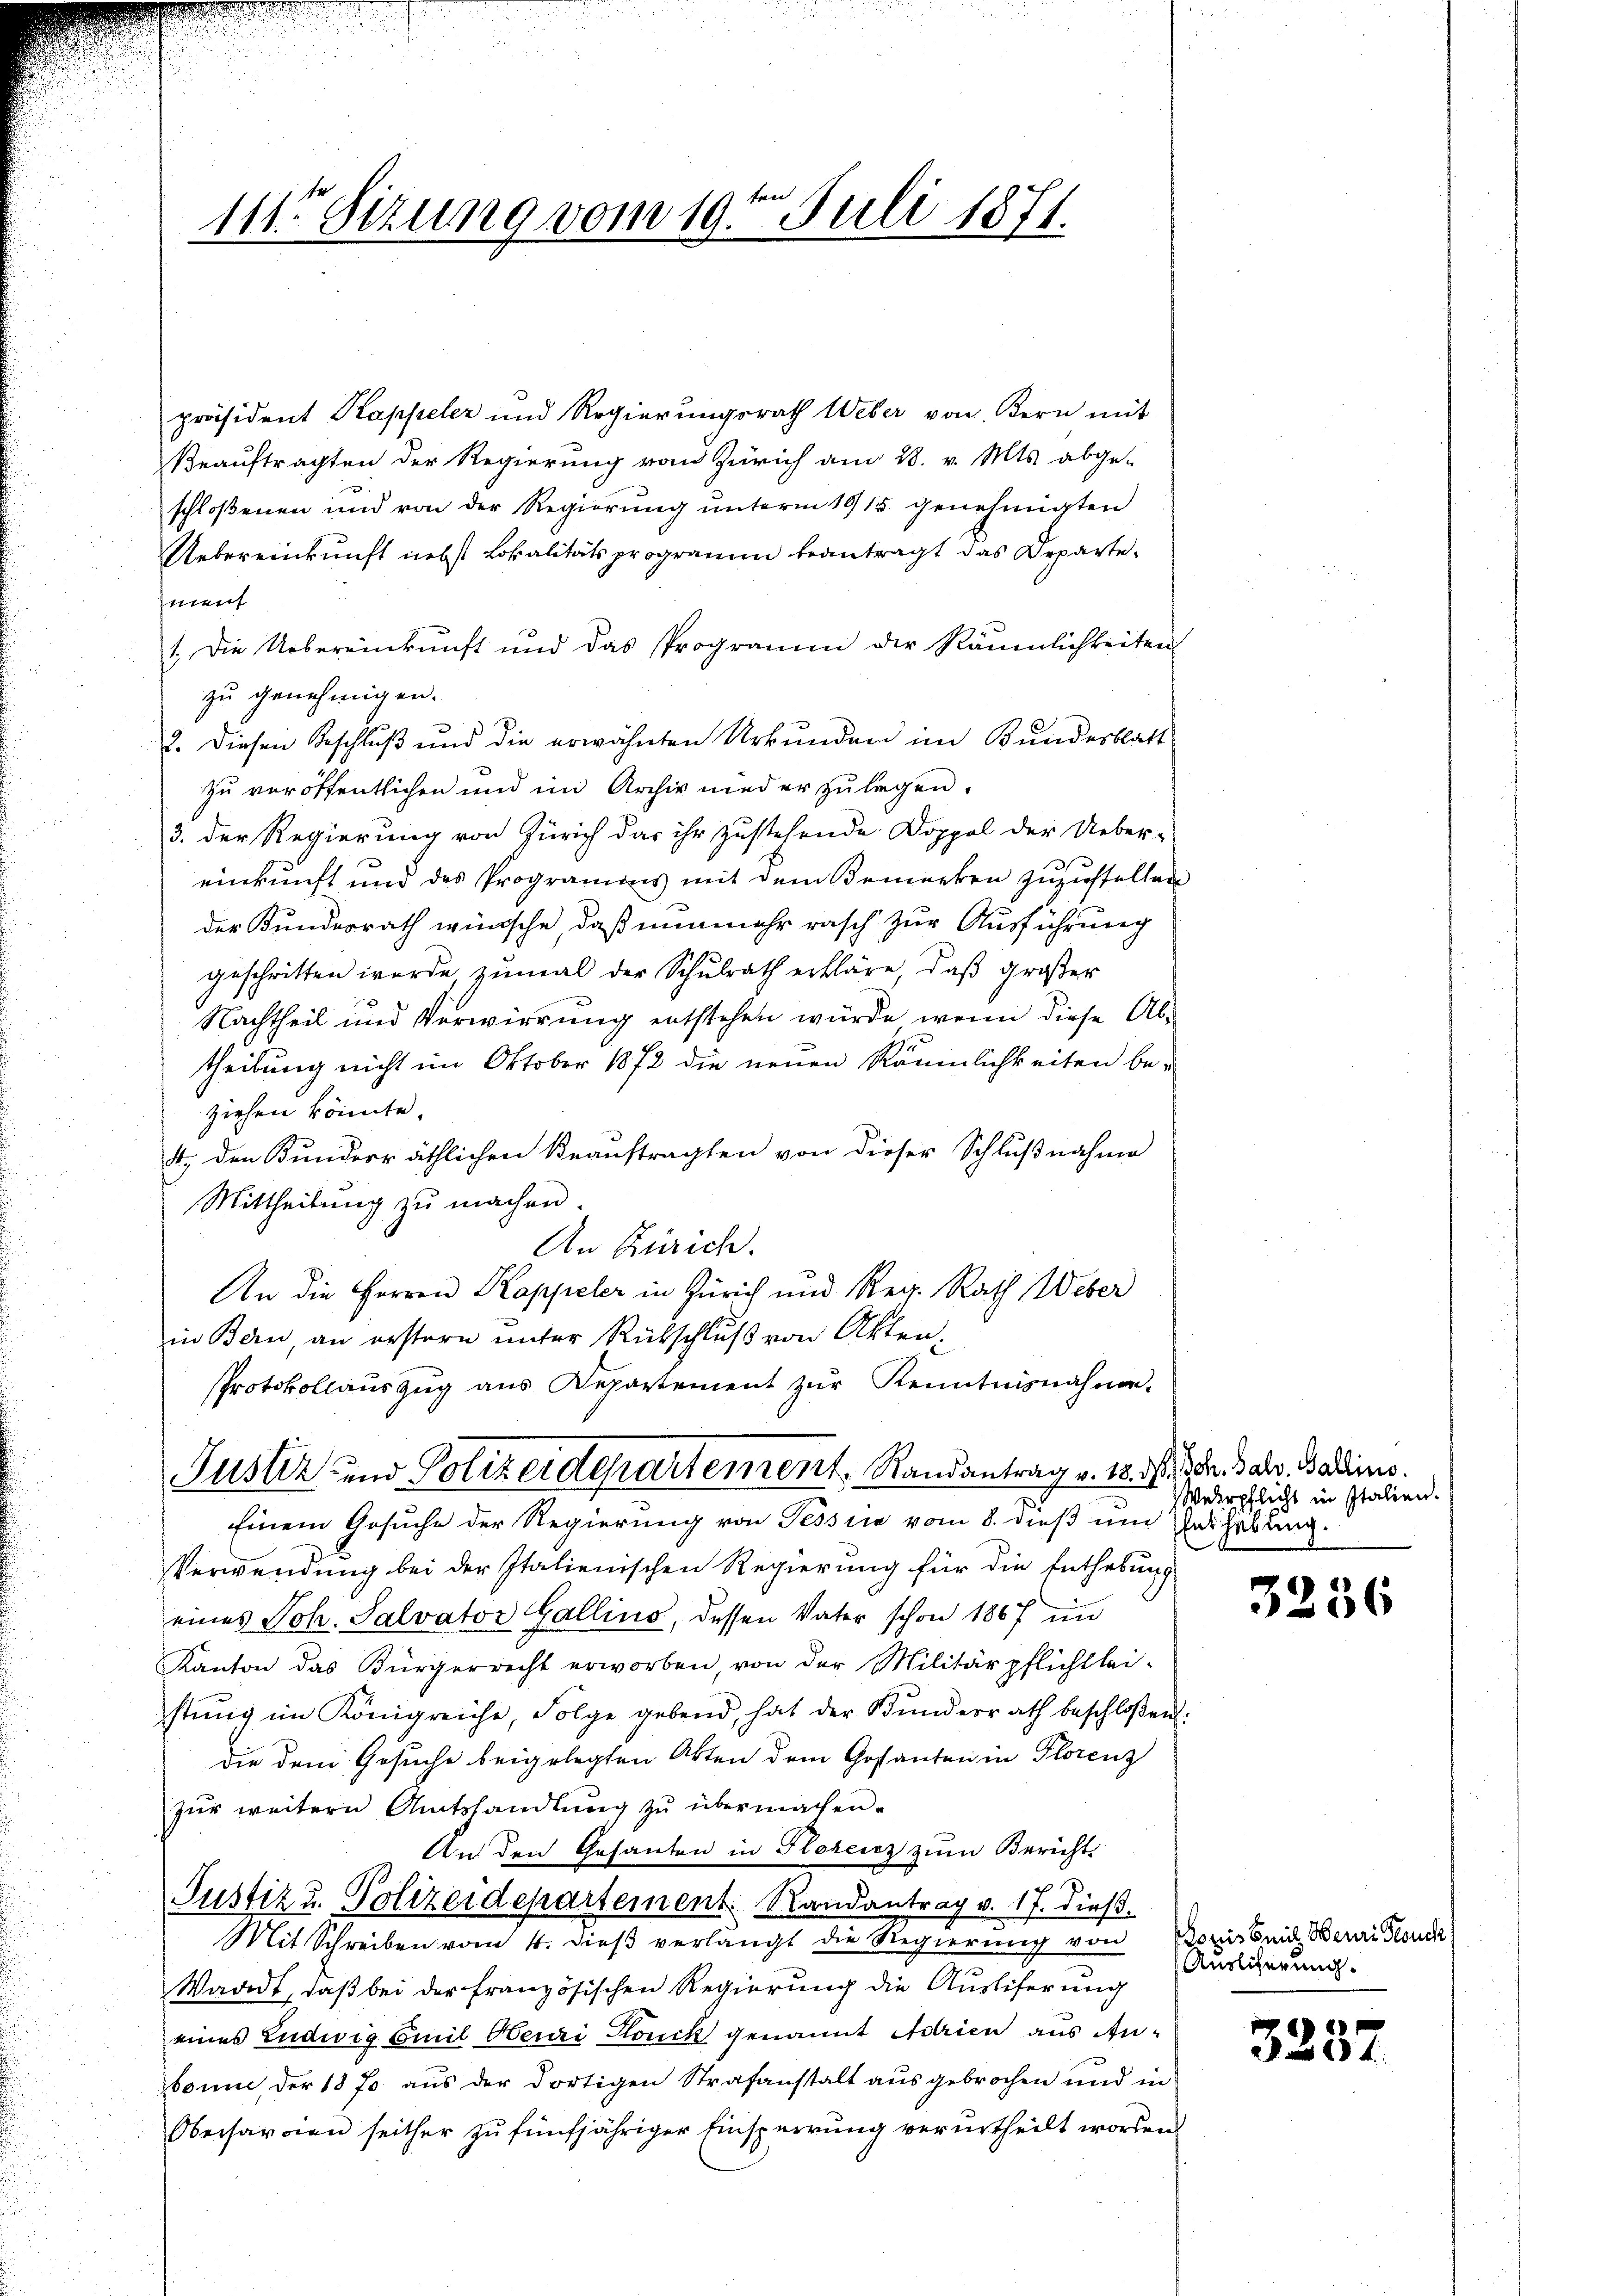
111. Sizung vom 19ten Juli 1871.

präsident Kappeler und Regierungsrath Weber von Bern mit
Beauftragten der Regierung vom Zürich am 28. v. Mts. abge-
schloßenen und von der Regierung unterm 1915. genehmigten
Uebereinkunft nebst Lokalitätsprogramm beantragt das Departeiment
1. Die Uebereinkunft und das Programm der Räumlichkeiten
zu genehmigen.
2. Diesen Beschluß und die erwähnten Urkunden im Bundesblatt
zu veröffentlichen und im Archiv nieder zulegen.
3. der Regierung von Zürich das ihr zustehende Doppel der Ueber-
e
einkunft und des Programens mit dem Bemerken zuzustellen
der Bundesrath wünsche, daß nunmehr rasch zur Ausführung
geschritten wurde zumal der Schulrath erkläre, daß großer
Nachtheil und Verwirrung entstehen würde, wenn diese Abtheilung nicht im Oktober 1872 die neuen Räumlichkeiten beziehen könnte.
4. den Bunderräthlichen Beauftragten von dieser Schlußnahme
Mittheilung zu machen.
An Zürich.
An die Herren Kappeler in Zürich und Reg. Rath Weber
in Bern, an erstern unter Rückschluß von Akten¬
PProtokollauszug aus Departement zur Kenntnisnahmen.
Justiz- und Polizeidepartement. Randantrag v. 18. d. d. h. Balv. Balins.
Einem Gesuche der Regierung von Tessia vom 8. dieß im Verhebung.
Verwendung bei der Italienischen Regierung für die Enthebung
eines Joh. Salvator Gallino, dessen Vater schon 1867 in
Kanton das Bürgerrecht erworben, von der Militärpflichtlei-
stŭng im Königreiche, Folge gebend, hat der Bŭndesrath beschloßen:
die dem Gesuche beigelegten Akten dem Gostanten in Florenz
zur weitern Amtshandlung zu übermachen.
An den Gesanten in Florenz zum Bericht
.
Justiz u. Polizeidepartement. Randantrag v. 17. dieß.
Mit Schreiben vom 4. dieβ verlangt die Regierŭng von Bozis seid, Berei Sonde
Wadet, daß bei der französischen Regierung die Auslieferung
eines Ludwig Emil Henri Plock genannt Adrien aus Anbaum, der 1870 aus der dortigen Strafanstalt ausgebrochen und in
Oberharren seither zu fünfjähriger Einsperrung verurtheilt worden

Wehrpflicht in Italien.

3236

Auslicherung.

3237